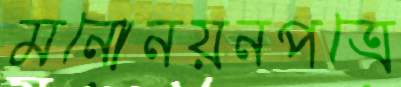
মনোনয়নপত্রে